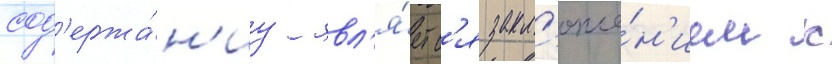
сод'ержа́н'иу явл'я́етс'я закл'юче́н'ием к